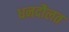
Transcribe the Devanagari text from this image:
धनदौलत